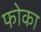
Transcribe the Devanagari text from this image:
फोका